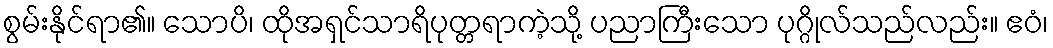
စွမ်းနိုင်ရာ၏။ သောပိ၊ ထိုအရှင်သာရိပုတ္တရာကဲ့သို့ ပညာကြီးသော ပုဂ္ဂိုလ်သည်လည်း။ ဧဝံ၊